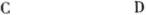
C D